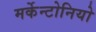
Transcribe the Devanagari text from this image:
मर्केन्टोनियो